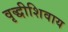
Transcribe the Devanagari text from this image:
वृद्धीशिवाय